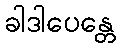
ခါဒါပေန္တေ